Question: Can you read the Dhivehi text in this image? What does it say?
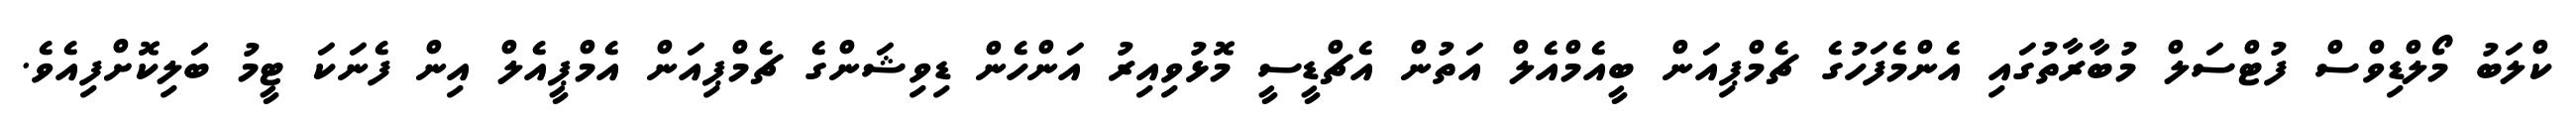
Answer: ކްލަބު މޯލްޑިވްސް ފުޓްސަލް މުބާރާތުގައި އެންމެފަހުގެ ޗެމްޕިއަން ބީއެމްއެލް އަތުން އެޗްޑީސީ މޮޅުވިއިރު އަންހެން ޑިވިޝަންގެ ޗެމްޕިއަން އެމްޕީއެލް އިން ފެނަކަ ޓީމު ބަލިކޮށްފިއެވެ.